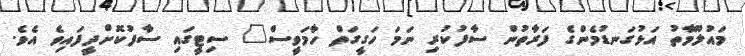
މައުލޫމާތު އަޅުގަނޑުމެންގެ ފަރާތުން ސާފުކުރި ނަމަ ހަގީގަތް ހާމަވީސް" ސިޓީގައި ސާފުކޮށްދީފައިވެ އެވެ.